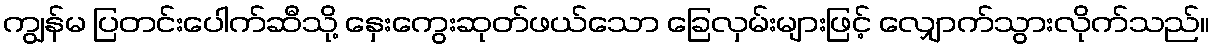
ကျွန်မ ပြတင်းပေါက်ဆီသို့ နှေးကွေးဆုတ်ဖယ်သော ခြေလှမ်းများဖြင့် လျှောက်သွားလိုက်သည်။